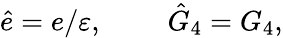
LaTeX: \hat{e}=e/\varepsilon,\ \ \ \ \ \ \ \ \ \hat{G}_{4}=G_{4},